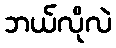
ဘယ်လိုလဲ